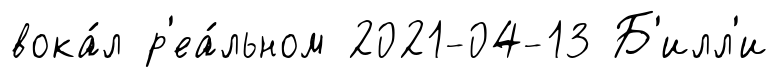
вока́л р'еа́льном 2021-04-13 Б'илл'и